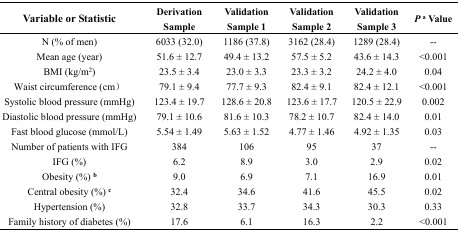
<table><thead><tr><td><b>Variable or Statistic</b></td><td><b>Derivation Sample</b></td><td><b>Validation Sample 1</b></td><td><b>Validation Sample 2</b></td><td><b>Validation Sample 3</b></td><td><b><i>P</i><sup>a</sup> Value</b></td></tr></thead><tbody><tr><td>N (% of men)</td><td>6033 (32.0)</td><td>1186 (37.8)</td><td>3162 (28.4)</td><td>1289 (28.4)</td><td>--</td></tr><tr><td>Mean age (year)</td><td>51.6 ± 12.7</td><td>49.4 ± 13.2</td><td>57.5 ± 5.2</td><td>43.6 ± 14.3</td><td>&lt;0.001</td></tr><tr><td>BMI(kg/m<sup>2</sup>)</td><td>23.5 ± 3.4</td><td>23.0 ± 3.3</td><td>23.3 ± 3.2</td><td>24.2 ± 4.0</td><td>0.04</td></tr><tr><td>Waist circumference(cm)</td><td>79.1 ± 9.4</td><td>77.7 ± 9.3</td><td>82.4 ± 9.1</td><td>82.4 ± 12.1</td><td>&lt;0.001</td></tr><tr><td>Systolic blood pressure (mmHg)</td><td>123.4 ± 19.7</td><td>128.6 ± 20.8</td><td>123.6 ± 17.7</td><td>120.5 ± 22.9</td><td>0.002</td></tr><tr><td>Diastolic blood pressure (mmHg)</td><td>79.1 ± 10.6</td><td>81.6 ± 10.3</td><td>78.2 ± 10.7</td><td>82.4 ± 14.0</td><td>0.01</td></tr><tr><td>Fast blood glucose (mmol/L)</td><td>5.54 ± 1.49</td><td>5.63 ± 1.52</td><td>4.77 ± 1.46</td><td>4.92 ± 1.35</td><td>0.03</td></tr><tr><td>Number of patients with IFG</td><td>384</td><td>106</td><td>95</td><td>37</td><td>--</td></tr><tr><td>IFG (%)</td><td>6.2</td><td>8.9</td><td>3.0</td><td>2.9</td><td>0.02</td></tr><tr><td>Obesity (%) <sup>b</sup></td><td>9.0</td><td>6.9</td><td>7.1</td><td>16.9</td><td>0.01</td></tr><tr><td>Central obesity (%) <sup>c</sup></td><td>32.4</td><td>34.6</td><td>41.6</td><td>45.5</td><td>0.02</td></tr><tr><td>Hypertension (%)</td><td>32.8</td><td>33.7</td><td>34.3</td><td>30.3</td><td>0.33</td></tr><tr><td>Family history of diabetes (%)</td><td>17.6</td><td>6.1</td><td>16.3</td><td>2.2</td><td>&lt;0.001</td></tr></tbody></table>